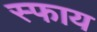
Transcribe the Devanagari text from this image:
स्फाय